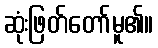
ဆုံးဖြတ်တော်မူ၏။